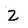
Character: Z